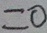
= 0